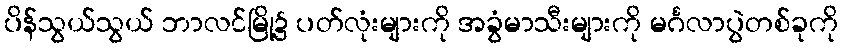
ပိန်သွယ်သွယ် ဘာလင်မြို့၌ ပတ်လုံးများကို အခွံမာသီးများကို မင်္ဂလာပွဲတစ်ခုကို